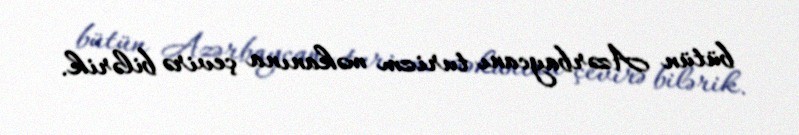
bütün Azərbaycanı turizm məkanına çevirə bilərik.